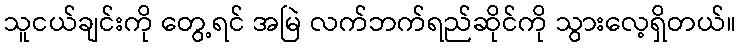
သူငယ်ချင်းကို တွေ့ရင် အမြဲ လက်ဘက်ရည်ဆိုင်ကို သွားလေ့ရှိတယ်။